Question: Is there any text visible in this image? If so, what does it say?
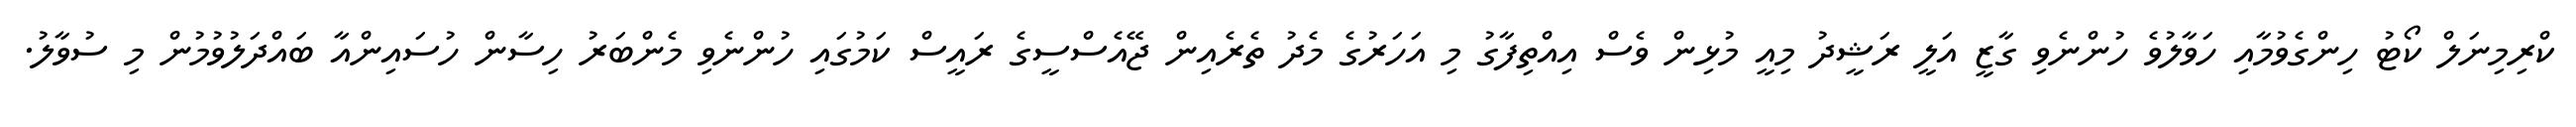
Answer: ކްރިމިނަލް ކޯޓު ހިންގެވުމާއި ހަވާލުވެ ހުންނެވި ގާޒީ އަލީ ރަޝީދު މިއީ މުޅިން ވެސް އިއްތިފާގު މި އަހަރުގެ މެދު ތެރެއިން ޖޭއެސްސީގެ ރައީސް ކަމުގައި ހުންނެވި މެންބަރު ހިސާން ހުސައިންއާ ބައްދަލުވުމުން މި ސުވާލު.